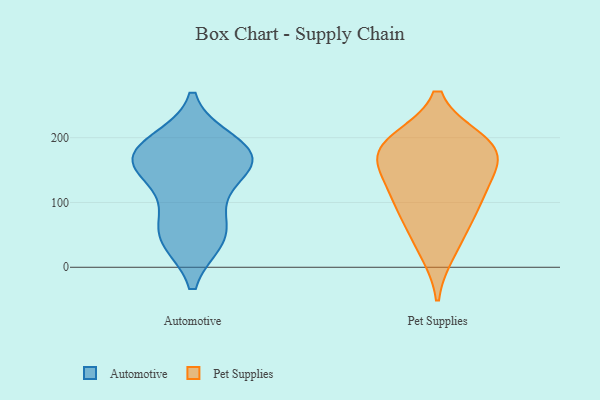
{"axis": {"x": "Latency (ms)", "y": "Value"}, "legend": ["Automotive", "Pet Supplies"], "data": [{"x": "", "y": 177, "type": "Automotive"}, {"x": "", "y": 45, "type": "Automotive"}, {"x": "", "y": 108, "type": "Automotive"}, {"x": "", "y": 48, "type": "Automotive"}, {"x": "", "y": 53, "type": "Automotive"}, {"x": "", "y": 162, "type": "Automotive"}, {"x": "", "y": 191, "type": "Automotive"}, {"x": "", "y": 170, "type": "Automotive"}, {"x": "", "y": 159, "type": "Automotive"}, {"x": "", "y": 166, "type": "Automotive"}, {"x": "", "y": 175, "type": "Pet Supplies"}, {"x": "", "y": 26, "type": "Pet Supplies"}, {"x": "", "y": 117, "type": "Pet Supplies"}, {"x": "", "y": 125, "type": "Pet Supplies"}, {"x": "", "y": 168, "type": "Pet Supplies"}, {"x": "", "y": 175, "type": "Pet Supplies"}, {"x": "", "y": 66, "type": "Pet Supplies"}, {"x": "", "y": 94, "type": "Pet Supplies"}, {"x": "", "y": 194, "type": "Pet Supplies"}, {"x": "", "y": 194, "type": "Pet Supplies"}]}